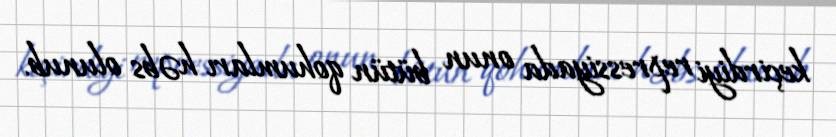
keçirdiyi repressiyada onun bütün qohumları həbs olunub.